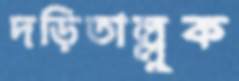
দড়িতাল্লুক